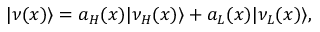
| \nu ( x ) \rangle = a _ { H } ( x ) | \nu _ { H } ( x ) \rangle + a _ { L } ( x ) | \nu _ { L } ( x ) \rangle ,